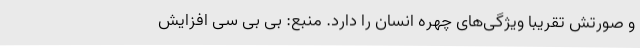
و صورتش تقریبا ویژگی‌های چهره انسان را دارد. منبع: بی بی سی افزایش